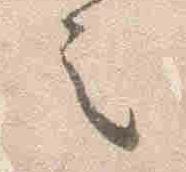
之